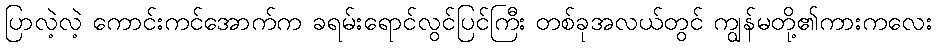
ပြာလဲ့လဲ့ ကောင်းကင်အောက်က ခရမ်းရောင်လွင်ပြင်ကြီး တစ်ခုအလယ်တွင် ကျွန်မတို့၏ကားကလေး